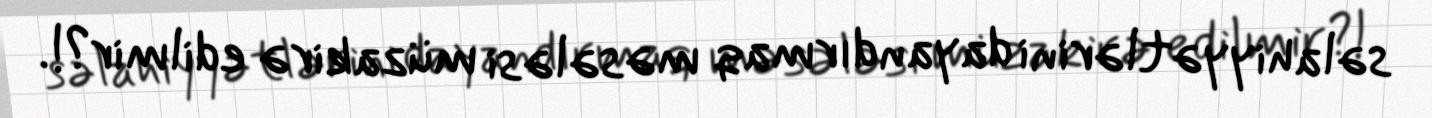
səlahiyyətlərini dayandırmaq məsələsi müzakirə edilmir?!.